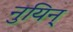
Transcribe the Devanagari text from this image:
नुयिन्